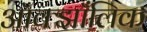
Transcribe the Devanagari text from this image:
ऑक्झाँलिक